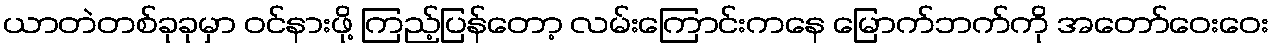
ယာတဲတစ်ခုခုမှာ ဝင်နားဖို့ ကြည့်ပြန်တော့ လမ်းကြောင်းကနေ မြောက်ဘက်ကို အတော်ဝေးဝေး